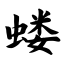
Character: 蝼